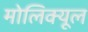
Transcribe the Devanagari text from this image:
मोलिक्यूल